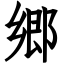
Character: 郷